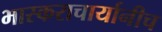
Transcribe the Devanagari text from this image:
भास्कराचार्यानीच